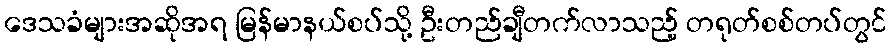
ဒေသခံများအဆိုအရ မြန်မာနယ်စပ်သို့ ဦးတည်ချီတက်လာသည့် တရုတ်စစ်တပ်တွင်